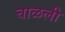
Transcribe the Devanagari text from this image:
चाळली